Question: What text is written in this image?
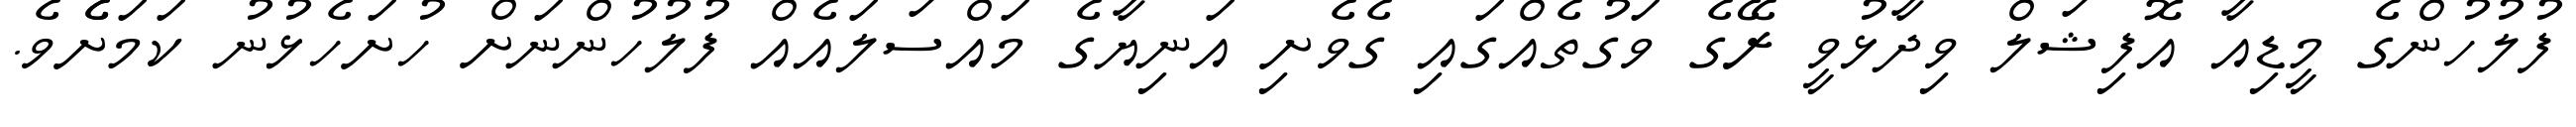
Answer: ފުލުހުންގެ މީޑިއާ އޮފިޝަލް ވިދާޅުވީ ރޭގެ ވަގުތެއްގައި ގެވެށި އަނިޔާގެ މައްސަލައެއް ފުލުހުންނަށް ހުށަހެޅުނު ކަމަށެެވެ.